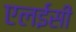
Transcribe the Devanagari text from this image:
एलईसी